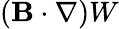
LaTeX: ({\mathbf{B}}\cdot\nabla)W